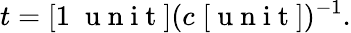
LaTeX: t=[1\; \mathrm{~u~n~i~t~}](c\; [\mathrm{~u~n~i~t~}])^{-1}.